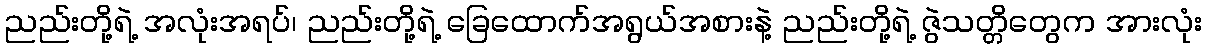
ညည်းတို့ရဲ့ အလုံးအရပ်၊ ညည်းတို့ရဲ့ ခြေထောက်အရွယ်အစားနဲ့ ညည်းတို့ရဲ့ ဇွဲသတ္တိတွေက အားလုံး